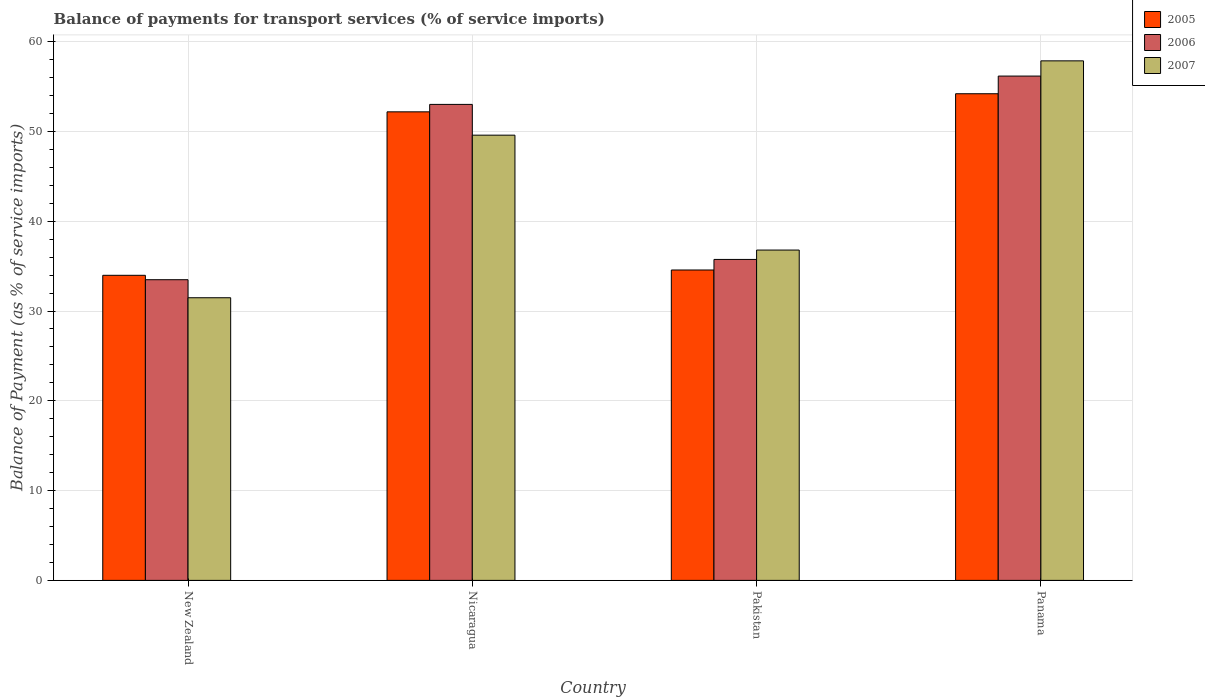
| Country | 2005 | 2006 | 2007 |
 | --- | --- | --- | --- |
 | New Zealand | 34 | 33.5 | 31.5 |
 | Nicaragua | 52.2 | 53 | 49.6 |
 | Pakistan | 34.6 | 35.7 | 36.8 |
 | Panama | 54.2 | 56.2 | 57.9 |